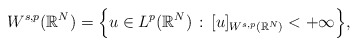
\begin{align*}W^{s,p}(\mathbb{R}^N)=\Big\{u\in L^p(\mathbb{R}^N)\, :\, [u]_{W^{s,p}(\mathbb{R}^N)}<+\infty\Big\},\end{align*}